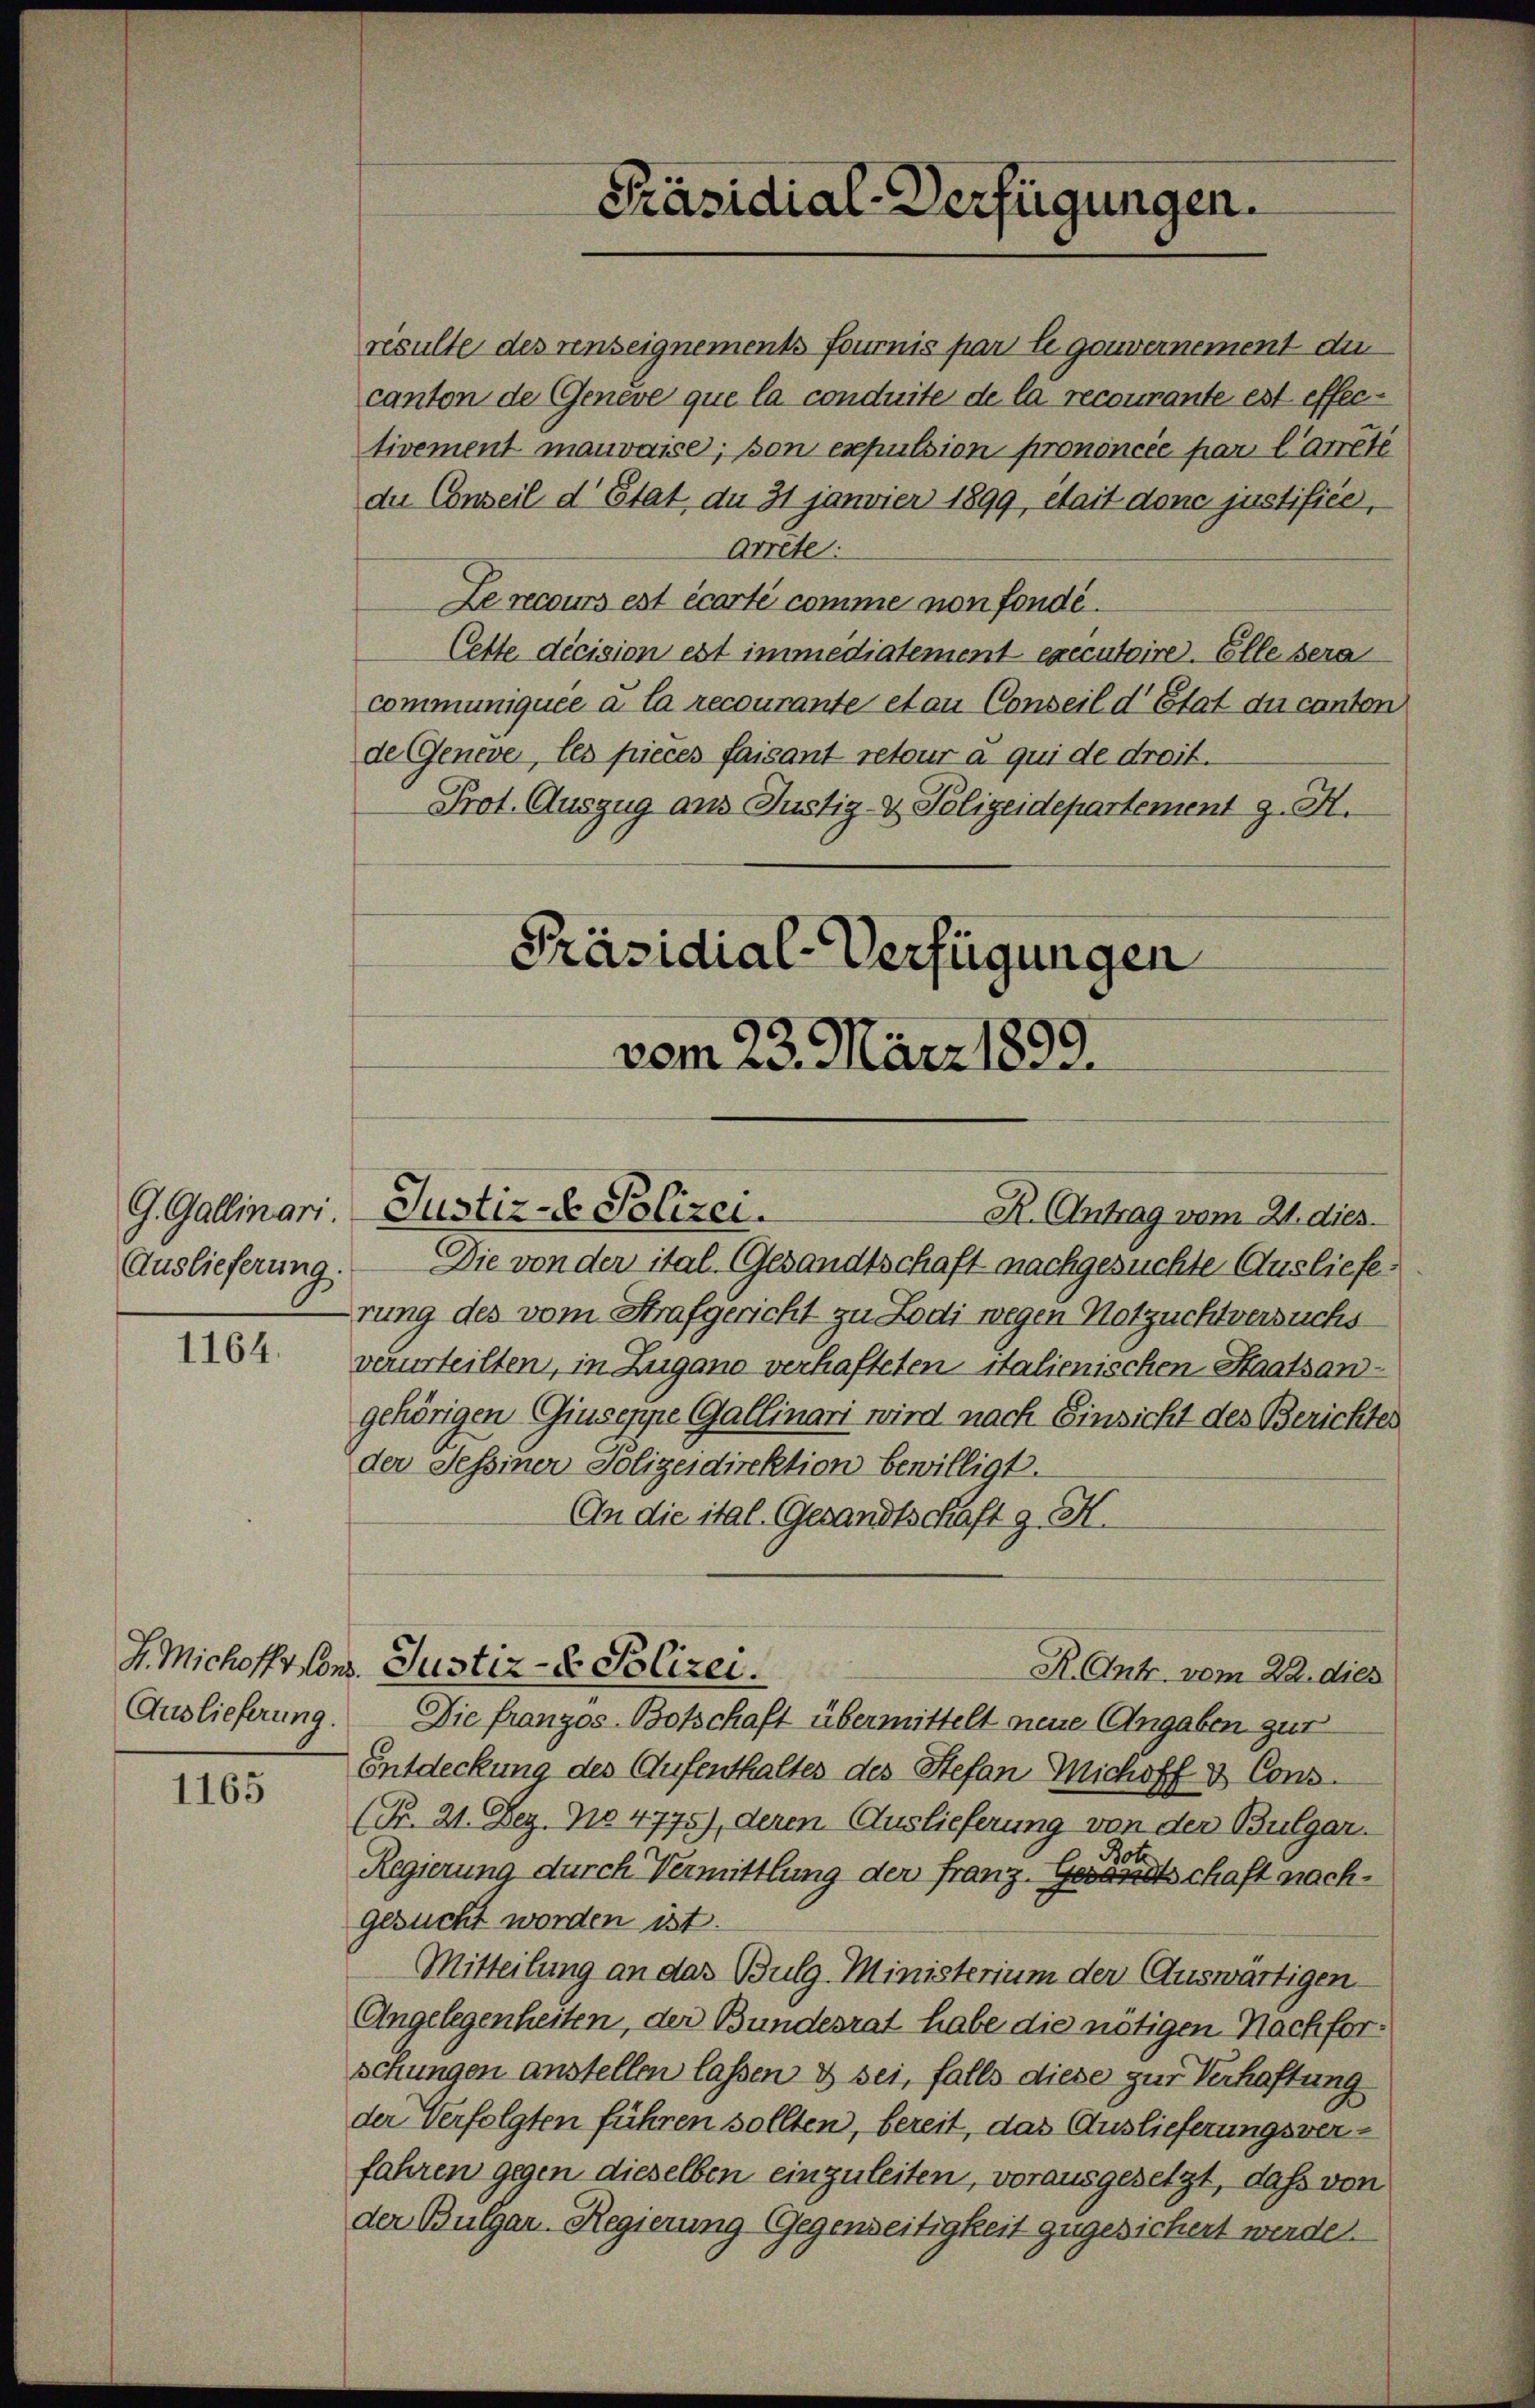
G. Gallinari
Auslieferung

1164.

Auslieferung.

1165

resulte des renseignements fournis par le gouvernement den
canton de Geneve que la conduite de la recourante est effectivement mauvaise, son expulsion prononcée par Carrete
du Conseil d’Etat du 31 janvier 1899, était donc justifice,
Arrete:
Le recours est écarte comme non fonde.
Cette décision est immediatement executoire. Elle sera
communiquée a la recourante et au Conseil d’Etat du canton
de Geneve, les pieces faisant retour a qui de droit.
Prot. Auszug aus Justiz- & Polizeidepartement z. H.
Präsidial-Verfügungen

Die von der ital- Gesandtschaft nachgesuchte Ausliefe:
rung des vom Strafgericht zu Lodi wegen Notzuchtversuchs-
verurteilten, in Zugano verhafteten Italienischen Staatsangehörigen Giuseppe Gallinari wird nach Einsicht des Berichter
der Sessiner Polizeidirektion bewilligt.
An die ital- Gesandtschaft g. H.
Die franzos-Botschaft übermittelt neue Angaben gut
Entdeckung des Aufenthaltes des Stefan Michoff & Cons.
(Nr. 21. Dez. 110 4775), deren Auslieferung von der Bulgar
Regierung durch Vermittlung der Franz. Geranschaft nachgesucht worden ist.
Mitteilung an das Bulg-Ministerium der Auswärtigen
Angelegenheiten, der Bundesrat habe die nötigen Nachforschungen anstellen lassen & sei, falls diese zur Verhaftung
der Verfolgten führen sollten, bereit, das Auslieferungsverfahren gegen dieselben einzuleiten, vorausgesetzt, daß von
der Bulgar-Regierung Gegenseitigkeit zugesichert werde.

vom 23. März 1899.

Justiz- Polizei.

Präsidial-Verfügungen.

F. Michofft Cons. Justiz- & Polizei.

R. Antrag vom 21. dies

R. Antr. vom 22. dies